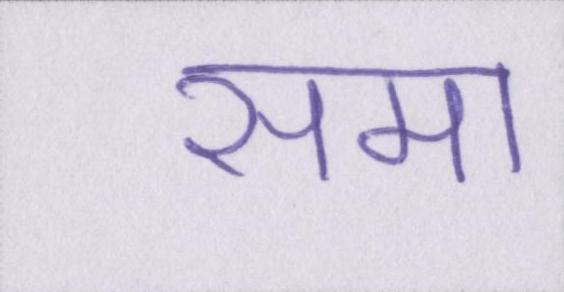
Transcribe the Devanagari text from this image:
समा